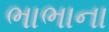
ભાભાના